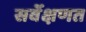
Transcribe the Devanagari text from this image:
सर्वेक्षणत